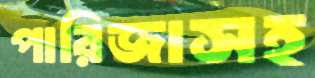
পারিজাসহ